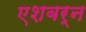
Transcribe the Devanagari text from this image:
एशबर्न